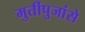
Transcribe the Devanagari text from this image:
मुर्तीपुजांसे